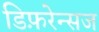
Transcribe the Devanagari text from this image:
डिफ़रेन्सज